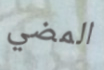
المضي